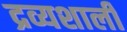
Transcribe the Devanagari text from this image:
द्रव्यशाली